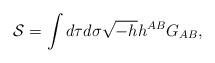
LaTeX: \begin{align*}{\cal S}=\int d\tau d\sigma\sqrt{-h}h^{AB}G_{AB},\end{align*}